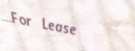
For Lease